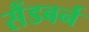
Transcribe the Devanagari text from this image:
सैंडबर्न